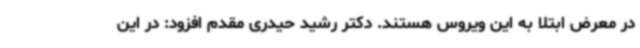
در معرض ابتلا به این ویروس هستند. دکتر رشید حیدری مقدم افزود: در این